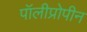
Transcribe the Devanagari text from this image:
पॉलीप्रोपीन